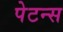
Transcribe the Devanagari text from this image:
पेटन्स